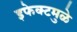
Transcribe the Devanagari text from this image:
इफेक्टमुळे